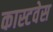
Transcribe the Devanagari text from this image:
कास्टवेस